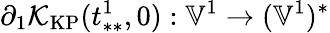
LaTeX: \partial_{1}\mathcal{K}_{\mathrm{KP}}(t_{**}^{1},0):\mathbb{V}^{1}\to(\mathbb{V}^{1})^{*}